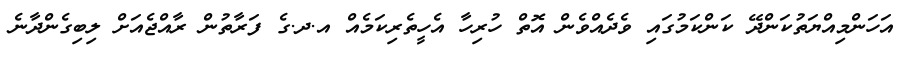
އަހަންމިއްޔަތުކަންދޭ ކަންކަމުގައި ވެދެއްވެން އޮތް ހުރިހާ އެހީތެރިކަމެއް އ.ދ.ގެ ފަރާތުން ރާއްޖެއަށް ލިބިގެންދާނެ